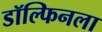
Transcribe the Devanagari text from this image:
डॉल्फिनला